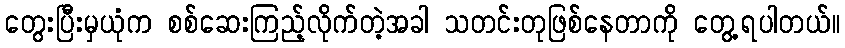
တွေးပြီးမှယုံက စစ်ဆေးကြည့်လိုက်တဲ့အခါ သတင်းတုဖြစ်နေတာကို တွေ့ရပါတယ်။